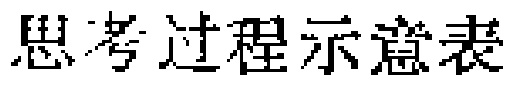
思考过程示意表